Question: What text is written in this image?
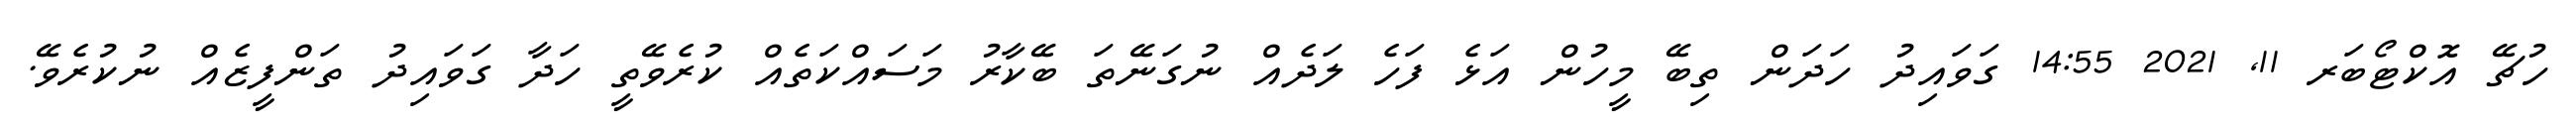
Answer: ހުޗޭ އޮކްޓޯބަރ 11, 2021 14:55 ގަވައިދު ހަދަން ތިބޭ މީހުން އަޅެ ފަހެ ލަދެއް ނުގަނޭތަ ބޭކާރު މަސައްކަތެއް ކުރެވޭތީ ހަދާ ގަވައިދު ތަންފީޒެއް ނުކުރެވޭ.